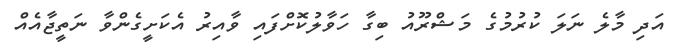
އަދި މާލެ ނަލަ ކުރުމުގެ މަޝްރޫއު ބިގާ ހަވާލުކޮށްފައި ވާއިރު އެކަށީގެންވާ ނަތީޖާއެއް